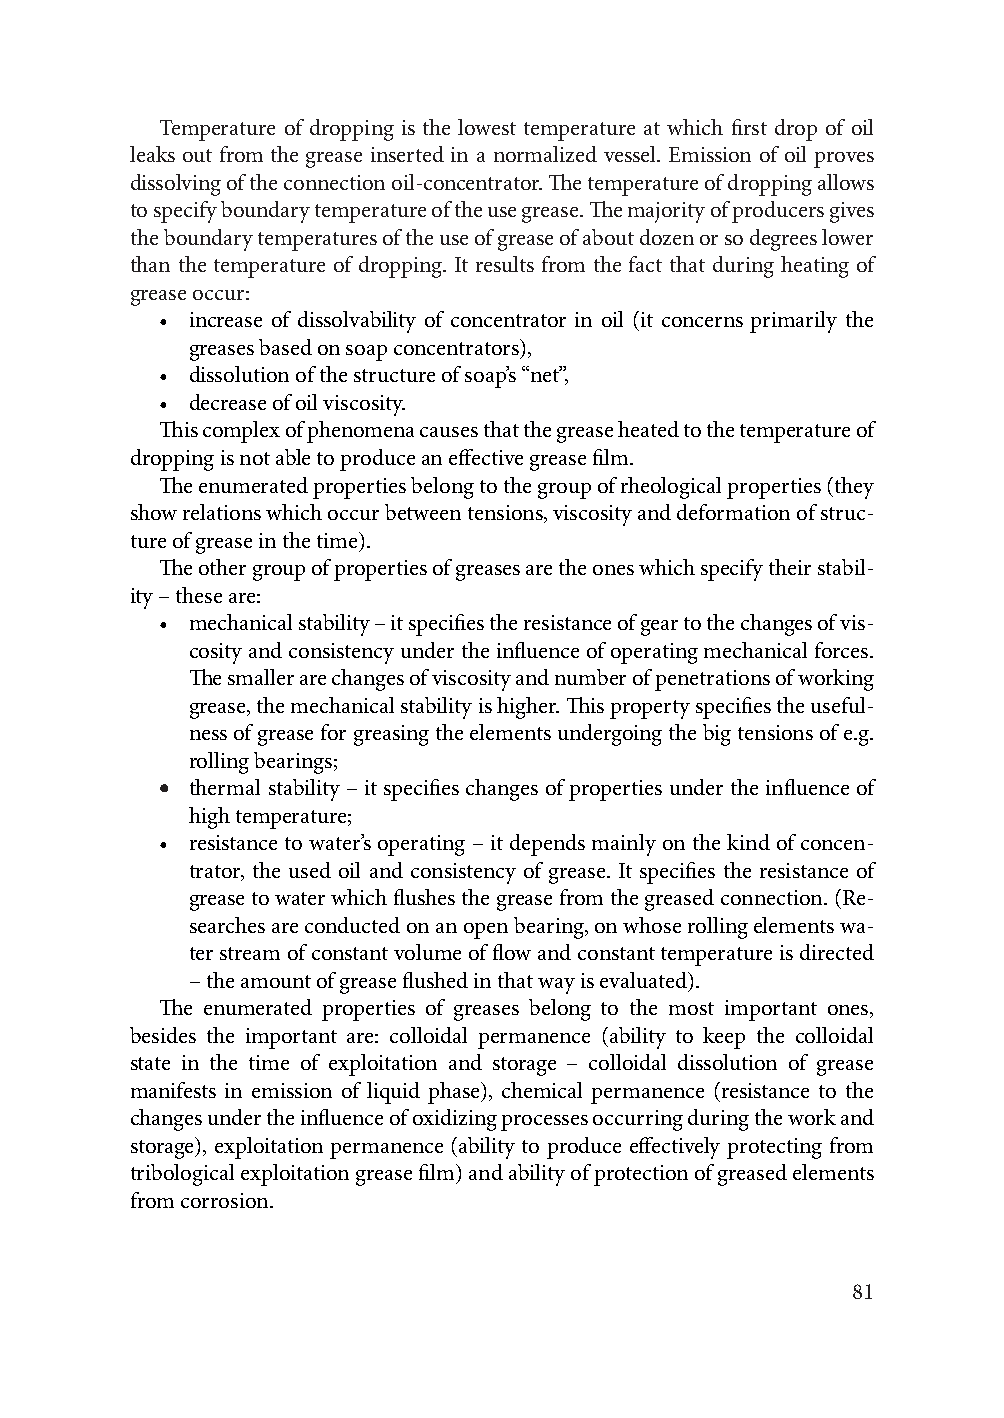
Temperature of dropping is the lowest temperature at which first drop of oil
 leaks out from the grease inserted in a normalized vessel. Emission of oil proves
 dissolving of the connection oil-concentrator. The temperature of dropping allows
 to specify boundary temperature of the use grease. The majority of producers gives
 the boundary temperatures of the use of grease of about dozen or so degrees lower
 than the temperature of dropping. It results from the fact that during heating of
 grease occur:
 • increase of dissolvability of concentrator in oil (it concerns primarily the
 greases based on soap concentrators),
 • dissolution of the structure of soap’s “net”,
 • decrease of oil viscosity.
 This complex of phenomena causes that the grease heated to the temperature of
 dropping is not able to produce an effective grease film.
 The enumerated properties belong to the group of rheological properties (they
 show relations which occur between tensions, viscosity and deformation of struc-
 ture of grease in the time).
 The other group of properties of greases are the ones which specify their stabil-
 ity – these are:
 • mechanical stability – it specifies the resistance of gear to the changes of vis-
 cosity and consistency under the influence of operating mechanical forces.
 The smaller are changes of viscosity and number of penetrations of working
 grease, the mechanical stability is higher. This property specifies the useful-
 ness of grease for greasing the elements undergoing the big tensions of e.g.
 rolling bearings;
 • thermal stability – it specifies changes of properties under the influence of
 high temperature;
 • resistance to water’s operating – it depends mainly on the kind of concen-
 trator, the used oil and consistency of grease. It specifies the resistance of
 grease to water which flushes the grease from the greased connection. (Re-
 searches are conducted on an open bearing, on whose rolling elements wa-
 ter stream of constant volume of flow and constant temperature is directed
 – the amount of grease flushed in that way is evaluated).
 The enumerated properties of greases belong to the most important ones,
 besides the important are: colloidal permanence (ability to keep the colloidal
 state in the time of exploitation and storage – colloidal dissolution of grease
 manifests in emission of liquid phase), chemical permanence (resistance to the
 changes under the influence of oxidizing processes occurring during the work and
 storage), exploitation permanence (ability to produce effectively protecting from
 tribological exploitation grease film) and ability of protection of greased elements
 from corrosion.
 81